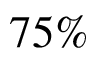
7 5 \%